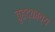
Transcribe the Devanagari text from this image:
वृहद्काव्य